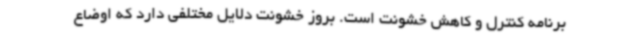
برنامه کنترل و کاهش خشونت است. بروز خشونت دلایل مختلفی دارد که اوضاع